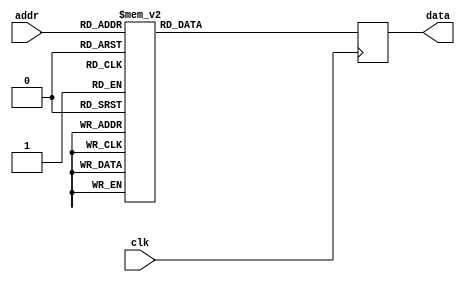
/***************************************************
* Class: EE 271
* Module: ROM
* Description: ROM circuit
****************************************************/

module ROM
    #(
        parameter Data_width = 8,  //# of bits in word
                  Addr_width = 3  // # of address bits
    )
    (  //ports
        input wire clk,
        input wire [Addr_width-1:0] addr,
        output wire [Data_width-1:0] data
    );

    // signal declarations
    reg [Data_width-1:0] rom_data, data_reg;

    // body
    always @(posedge clk)  // output register
        data_reg <= rom_data;

    always @*
        case(addr)  // lookup table
            3'b000:  rom_data = 8'b1000_0000;
            3'b001:  rom_data = 8'b1010_1010;
            3'b010:  rom_data = 8'b0101_0101;
            3'b011:  rom_data = 8'b1000_0011;
            3'b100:  rom_data = 8'b0000_0000;
            3'b101:  rom_data = 8'b1001_1001;
            3'b110:  rom_data = 8'b1000_0001;
            3'b111:  rom_data = 8'b1111_0000;
        endcase

    assign data = data_reg;
endmodule // ROM